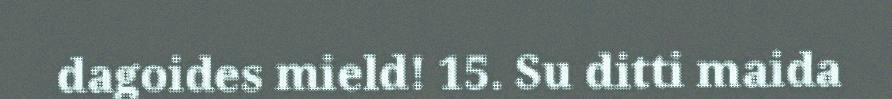
dagoides mield! 15. Su ditti maida